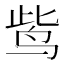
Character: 𪉈